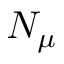
N _ { \mu }